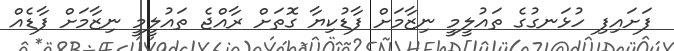
ފަށައިފި ހުޅަނގުގެ ތައުލީމީ ނިޒާމަށް ފާޑުކިޔާ ގޮތަށް ރާއްޖެ ތައުލީމީ ނިޒާމަށް ފާޑެއް